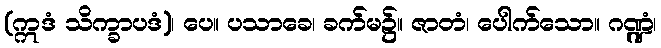
(ဣဒံ သိက္ခာပဒံ)၊ ပေ။ ပသာခေ၊ ခက်မ၌။ ဇာတံ၊ ပေါက်သော။ ဂဏ္ဍံ၊